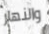
والنهار